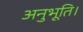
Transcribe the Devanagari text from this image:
अनुभूति।